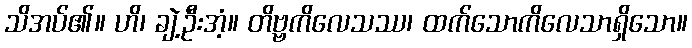
သိအပ်၏။ ဟိ၊ ချဲ့ဦးအံ့။ တိဗ္ဗကိလေသဿ၊ ထက်သောကိလေသာရှိသော။